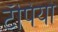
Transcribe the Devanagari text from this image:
टॅपियो